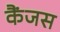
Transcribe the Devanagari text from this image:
कैंजस